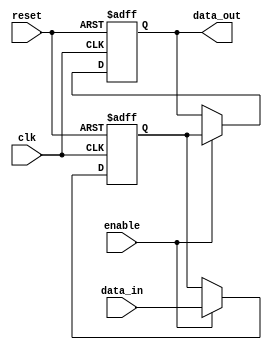
module variable_width_bypass_register (
    input wire clk,
    input wire reset,
    input wire enable,
    input wire [7:0] data_in,
    output reg [7:0] data_out
);

reg [7:0] sync_data;

always @ (posedge clk or posedge reset) begin
    if (reset) begin
        sync_data <= 8'b0;
        data_out <= 8'b0;
    end else if (enable) begin
        sync_data <= data_in;
        data_out <= sync_data;
    end
end

endmodule